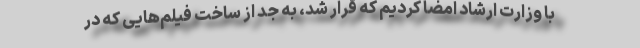
با وزارت ارشاد امضا کردیم که قرار شد، به جد از ساخت فیلم‌هایی که در